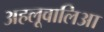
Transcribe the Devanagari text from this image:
अहलूवालिआ